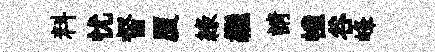
料忧督厦綠繼請幢谷峰